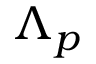
\Lambda _ { p }